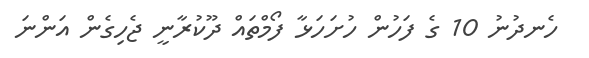
ހެނދުނު 10 ގެ ފަހުން ހުށަހަޅާ ފޯމްތައް ދޫކުރާނީ ޖެހިގެން އަންނަ